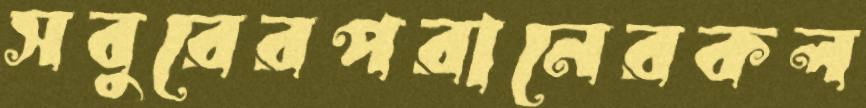
সবুরেরপরানেরকল